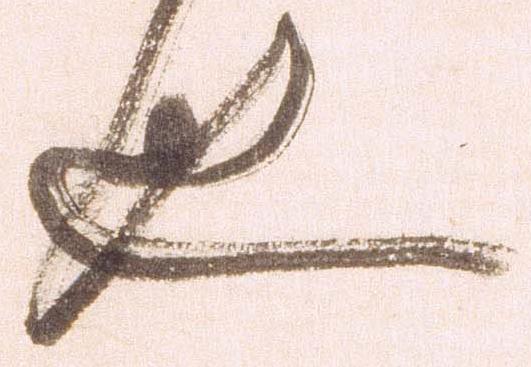
也